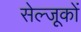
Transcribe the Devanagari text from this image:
सेल्जूकों